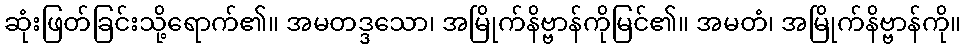
ဆုံးဖြတ်ခြင်းသို့ရောက်၏။ အမတဒ္ဒသော၊ အမြိုက်နိဗ္ဗာန်ကိုမြင်၏။ အမတံ၊ အမြိုက်နိဗ္ဗာန်ကို။